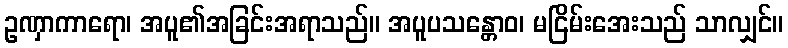
ဥဏှာကာရော၊ အပူ၏အခြင်းအရာသည်။ အပူပသန္တောဝ၊ မငြိမ်းအေးသည် သာလျှင်။